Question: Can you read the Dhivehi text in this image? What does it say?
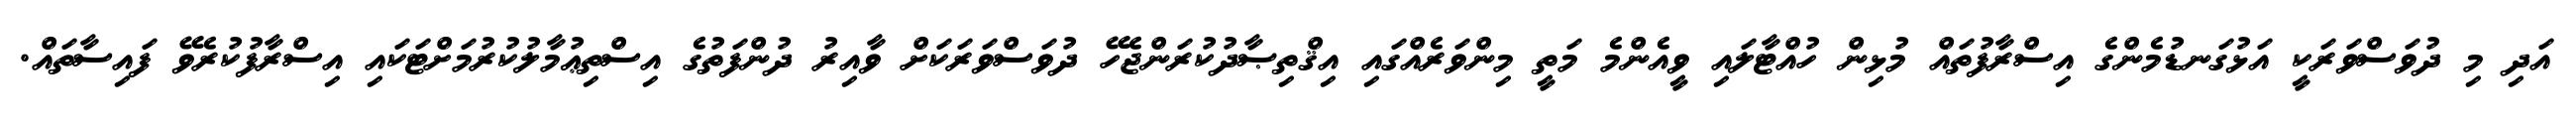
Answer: އަދި މި ދުވަސްވަރަކީ އަޅުގަނޑުމެންގެ އިސްރާފުތައް މުޅިން ހުއްޓާލައި ވީއެންމެ މަތީ މިންވަރެއްގައި އިޤްތިޞާދުކުރަންޖެހޭ ދުވަސްވަރަކަށް ވާއިރު ދުންފަތުގެ އިސްތިޢުމާލުކުރުމަށްޓަކައި އިސްރާފުކުރެވޭ ފައިސާތައް.